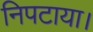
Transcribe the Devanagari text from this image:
निपटाया।